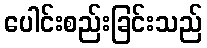
ပေါင်းစည်းခြင်းသည်